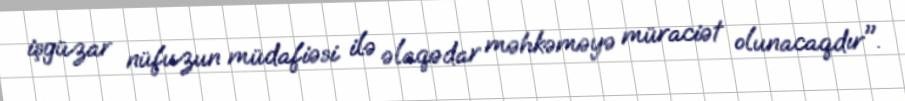
işgüzar nüfuzun müdafiəsi ilə əlaqədar məhkəməyə müraciət olunacaqdır".